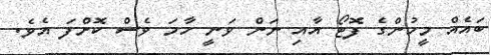
ބައެއް މީހުންގެ ފޮޓޯ އާއި ނަން ވަނީ ހާމަ ވެސް ކޮށްފަ އެވެ.